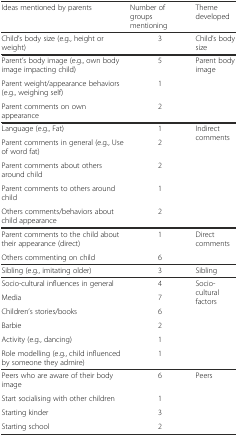
<table><thead><tr><td><b>Ideas mentioned by parents</b></td><td><b>Number of groups mentioning</b></td><td><b>Theme developed</b></td></tr></thead><tbody><tr><td>Child’s body size (e.g., height or weight)</td><td>3</td><td>Child’s body size</td></tr><tr><td>Parent’s body image (e.g., own body image impacting child)</td><td>5</td><td rowspan="3">Parent body image</td></tr><tr><td>Parent weight/appearance behaviors (e.g., weighing self)</td><td>1</td></tr><tr><td>Parent comments on own appearance</td><td>2</td></tr><tr><td>Language (e.g., Fat)</td><td>1</td><td rowspan="5">Indirect comments</td></tr><tr><td>Parent comments in general (e.g., Use of word fat)</td><td>2</td></tr><tr><td>Parent comments about others around child</td><td>2</td></tr><tr><td>Parent comments to others around child</td><td>1</td></tr><tr><td>Others comments/behaviors about child appearance</td><td>2</td></tr><tr><td>Parent comments to the child about their appearance (direct)</td><td>1</td><td rowspan="2">Direct comments</td></tr><tr><td>Others commenting on child</td><td>6</td></tr><tr><td>Sibling (e.g., imitating older)</td><td>3</td><td>Sibling</td></tr><tr><td>Socio-cultural influences in general</td><td>4</td><td rowspan="6">Socio-cultural factors</td></tr><tr><td>Media</td><td>7</td></tr><tr><td>Children’s stories/books</td><td>6</td></tr><tr><td>Barbie</td><td>2</td></tr><tr><td>Activity (e.g., dancing)</td><td>1</td></tr><tr><td>Role modelling (e.g., child influenced by someone they admire)</td><td>1</td></tr><tr><td>Peers who are aware of their body image</td><td>6</td><td rowspan="4">Peers</td></tr><tr><td>Start socialising with other children</td><td>1</td></tr><tr><td>Starting kinder</td><td>3</td></tr><tr><td>Starting school</td><td>2</td></tr></tbody></table>